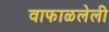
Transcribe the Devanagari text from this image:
वाफाळलेली